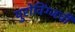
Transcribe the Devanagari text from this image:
युरोविंग्जची